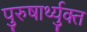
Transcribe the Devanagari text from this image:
पुरुषार्थ्युक्त